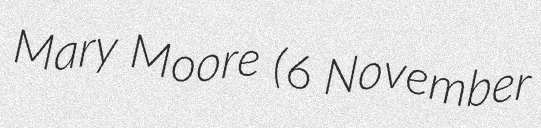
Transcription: Mary Moore (6 November